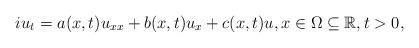
LaTeX: \begin{align*} iu_t=a(x,t)u_{xx}+b(x,t)u_x+c(x,t)u, x\in \Omega\subseteq\mathbb{R},t>0,\end{align*}